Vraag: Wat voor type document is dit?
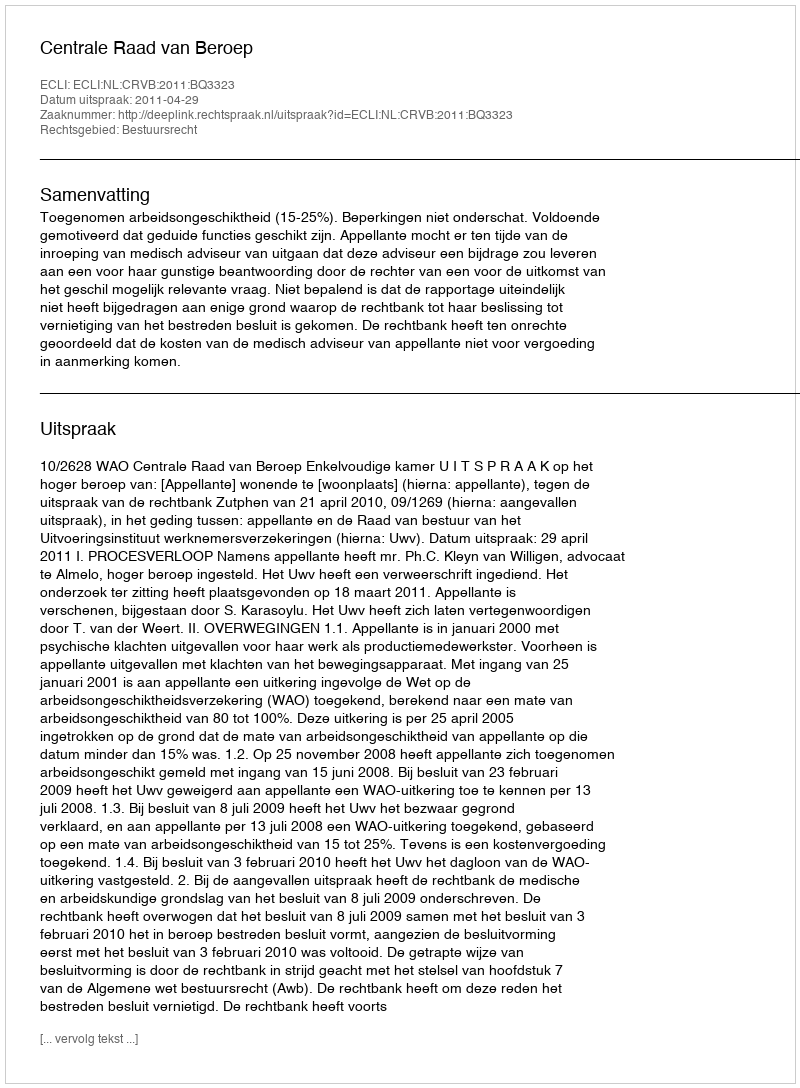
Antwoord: Uitspraak